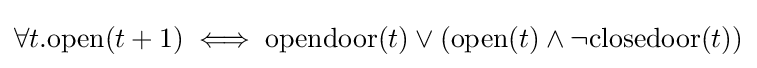
\forall t.\mathrm {open} (t+1)\iff \mathrm {opendoor} (t)\vee (\mathrm {open} (t)\wedge \neg \mathrm {closedoor} (t))